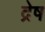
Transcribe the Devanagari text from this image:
द्रेष